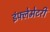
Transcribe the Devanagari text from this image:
इंफ्लेमेटरी